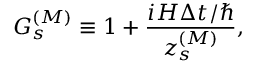
G _ { s } ^ { ( { \cal M } ) } \equiv 1 + \frac { i H \Delta t / \hbar } { z _ { s } ^ { ( { \cal M } ) } } ,